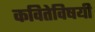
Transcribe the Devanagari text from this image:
कवितेविषयी